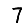
Digit: 7